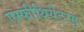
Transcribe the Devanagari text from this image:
एम्फीथियेटरम्